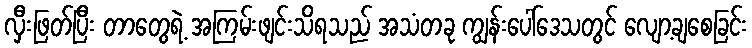
လှီးဖြတ်ပြီး တာတွေရဲ့ အကြမ်းဖျင်းသိရသည် အသံတခု ကျွန်းပေါ်ဒေသတွင် လျော့ချစေခြင်း